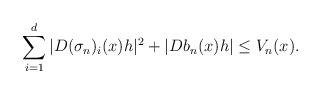
LaTeX: \begin{align*} \sum_{i=1}^d |D(\sigma_n)_i(x)h|^2 +| Db_n(x)h| \le V_n(x). \end{align*}